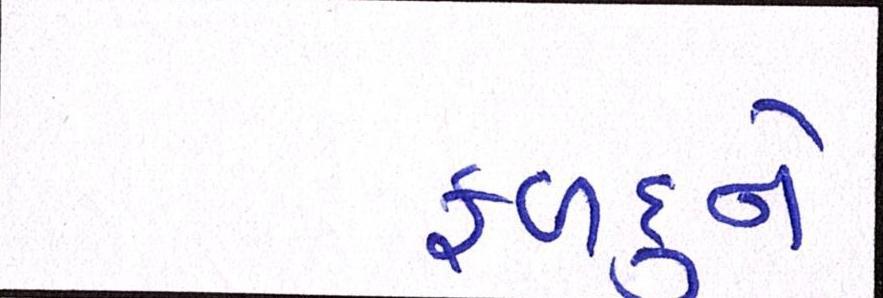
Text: ફળદુને